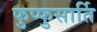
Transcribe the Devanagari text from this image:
फुप्फुसार्ति